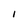
Character: I